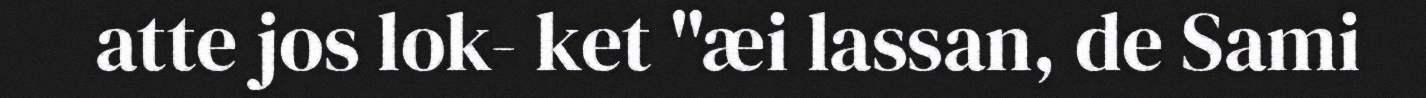
atte jos lok- ket "æi lassan, de Sami